画像に写った文字を読んでください
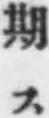
「期ス」と書いてあります